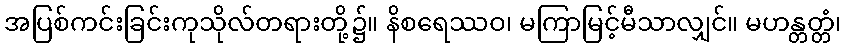
အပြစ်ကင်းခြင်းကုသိုလ်တရားတို့၌။ နိစရေဿဝ၊ မကြာမြင့်မီသာလျှင်။ မဟန္တတ္တံ၊